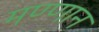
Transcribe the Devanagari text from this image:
मण्णान